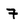
Character: 7